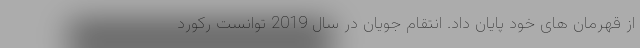
از قهرمان های خود پایان داد. انتقام جویان در سال 2019 توانست رکورد